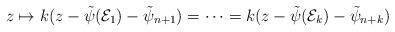
LaTeX: \begin{align*}z\mapsto k(z-\tilde{\psi}(\mathcal{E}_1)-\tilde{\psi}_{n+1})=\cdots=k(z-\tilde{\psi}(\mathcal{E}_k)-\tilde{\psi}_{n+k})\end{align*}